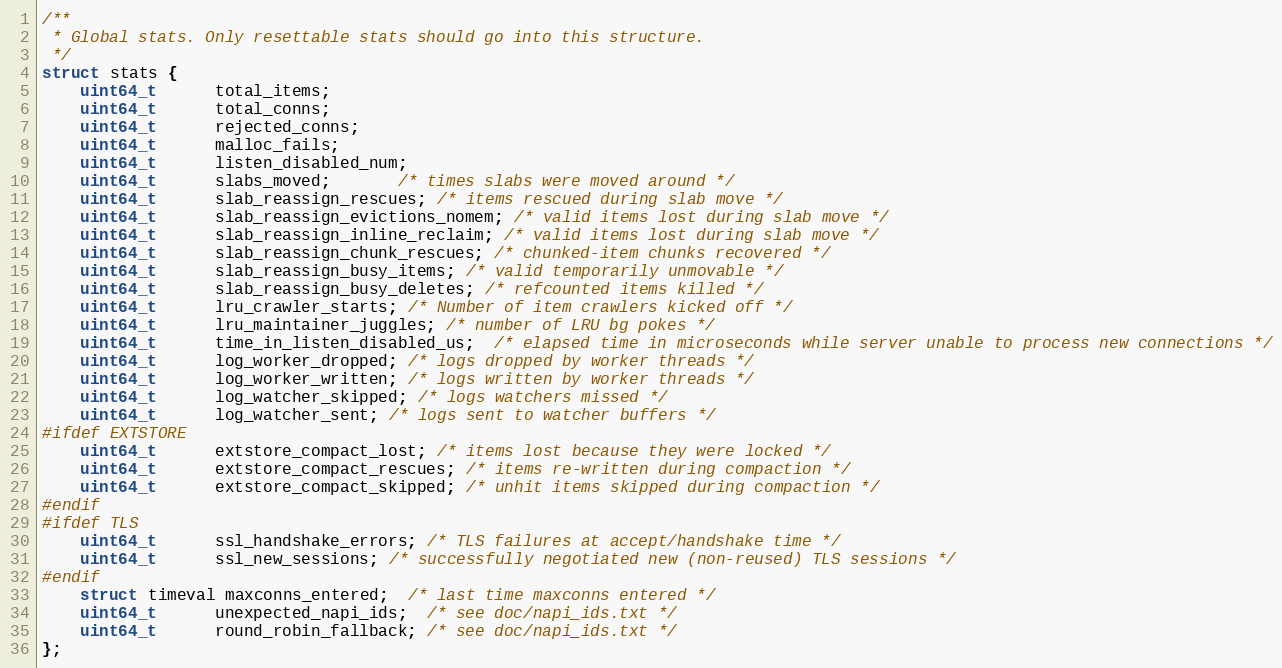
Language: C
/**
 * Global stats. Only resettable stats should go into this structure.
 */
struct stats {
    uint64_t      total_items;
    uint64_t      total_conns;
    uint64_t      rejected_conns;
    uint64_t      malloc_fails;
    uint64_t      listen_disabled_num;
    uint64_t      slabs_moved;       /* times slabs were moved around */
    uint64_t      slab_reassign_rescues; /* items rescued during slab move */
    uint64_t      slab_reassign_evictions_nomem; /* valid items lost during slab move */
    uint64_t      slab_reassign_inline_reclaim; /* valid items lost during slab move */
    uint64_t      slab_reassign_chunk_rescues; /* chunked-item chunks recovered */
    uint64_t      slab_reassign_busy_items; /* valid temporarily unmovable */
    uint64_t      slab_reassign_busy_deletes; /* refcounted items killed */
    uint64_t      lru_crawler_starts; /* Number of item crawlers kicked off */
    uint64_t      lru_maintainer_juggles; /* number of LRU bg pokes */
    uint64_t      time_in_listen_disabled_us;  /* elapsed time in microseconds while server unable to process new connections */
    uint64_t      log_worker_dropped; /* logs dropped by worker threads */
    uint64_t      log_worker_written; /* logs written by worker threads */
    uint64_t      log_watcher_skipped; /* logs watchers missed */
    uint64_t      log_watcher_sent; /* logs sent to watcher buffers */
#ifdef EXTSTORE
    uint64_t      extstore_compact_lost; /* items lost because they were locked */
    uint64_t      extstore_compact_rescues; /* items re-written during compaction */
    uint64_t      extstore_compact_skipped; /* unhit items skipped during compaction */
#endif
#ifdef TLS
    uint64_t      ssl_handshake_errors; /* TLS failures at accept/handshake time */
    uint64_t      ssl_new_sessions; /* successfully negotiated new (non-reused) TLS sessions */
#endif
    struct timeval maxconns_entered;  /* last time maxconns entered */
    uint64_t      unexpected_napi_ids;  /* see doc/napi_ids.txt */
    uint64_t      round_robin_fallback; /* see doc/napi_ids.txt */
};